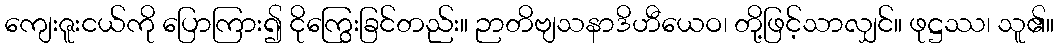
ကျေးဇူးငယ်ကို ပြောကြား၍ ငိုကြွေးခြင်တည်း။ ဉာတိဗျသနာဒိဟီယေဝ၊ တို့ဖြင့်သာလျှင်။ ဖုဋ္ဌဿ၊ သူ၏။